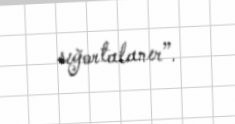
sığortalanır”.